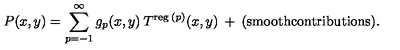
P ( x , y ) = \sum _ { p = - 1 } ^ { \infty } g _ { p } ( x , y ) \: T ^ { \mathrm { \scriptsize { r e g } } \: ( p ) } ( x , y ) \: + \: { \mathrm { ( s m o o t h c o n t r i b u t i o n s ) } } .